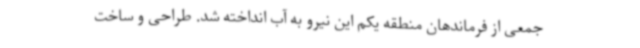
جمعی از فرماندهان منطقه یکم این نیرو به آب انداخته شد. طراحی و ساخت